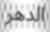
الدھر